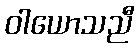
ဝါယောသညီ